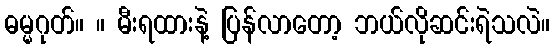
ဓမ္မဂုတ်။ ။ မီးရထားနဲ့ ပြန်လာတော့ ဘယ်လိုဆင်းရဲသလဲ။